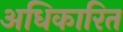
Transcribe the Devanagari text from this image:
अधिकारित